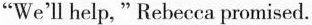
"We'll help, " Rebecca promised.